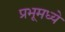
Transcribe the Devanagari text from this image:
प्रभूमध्ये